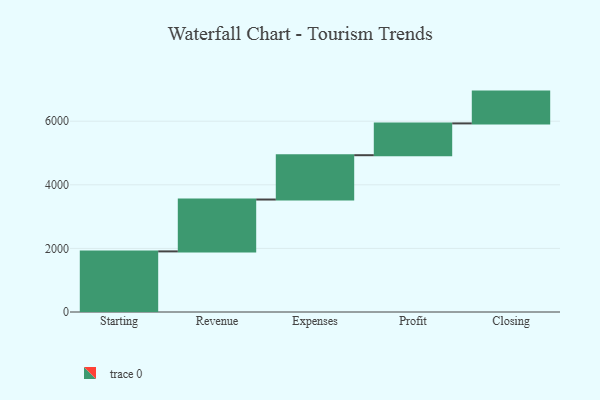
{"axis": {"x": "Step", "y": "Value"}, "legend": [""], "data": [{"x": "Starting", "y": 1906.0, "type": ""}, {"x": "Revenue", "y": 1631.0, "type": ""}, {"x": "Expenses", "y": 1394.0, "type": ""}, {"x": "Profit", "y": 1000, "type": ""}, {"x": "Closing", "y": 1000, "type": ""}]}